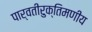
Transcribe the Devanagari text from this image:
पार्वतीरुक्तिमणीय